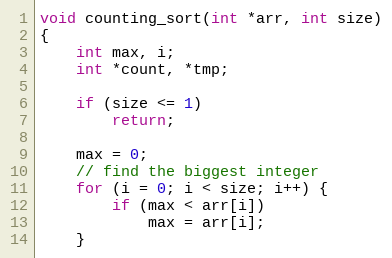
Language: C
void counting_sort(int *arr, int size)
{
	int max, i;
	int *count, *tmp;

	if (size <= 1)
		return;

	max = 0;
	// find the biggest integer
	for (i = 0; i < size; i++) {
		if (max < arr[i])
			max = arr[i];
	}